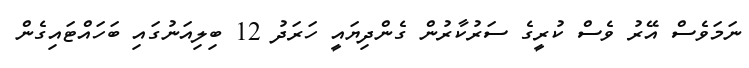
ނަމަވެސް އޭރު ވެސް ކުރީގެ ސަރުކާރުން ގެންދިޔައީ ހަރަދު 12 ބިލިއަނުގައި ބަހައްޓައިގެން